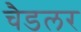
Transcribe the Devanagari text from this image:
चैडलर